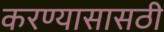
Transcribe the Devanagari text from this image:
करण्यासासठी